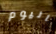
اليوم